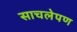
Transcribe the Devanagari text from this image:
साचलेपण